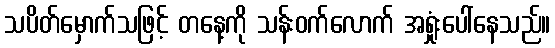
သပိတ်မှောက်သဖြင့် တနေ့ကို သန်းဝက်လောက် အရှုံးပေါ်နေသည်။